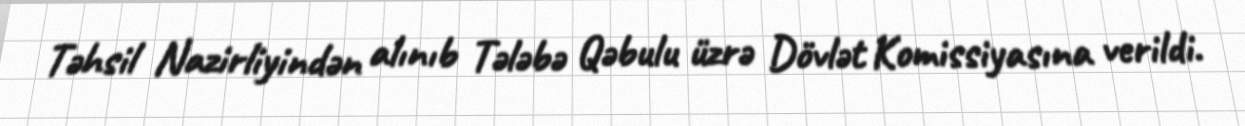
Təhsil Nazirliyindən alınıb Tələbə Qəbulu üzrə Dövlət Komissiyasına verildi.